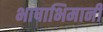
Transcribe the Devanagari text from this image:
भाषाभिमानी